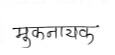
मजकूर: मुकनायक